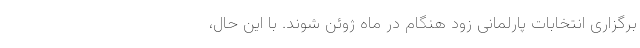
برگزاری انتخابات پارلمانی زود هنگام در ماه ژوئن شوند. با این حال،